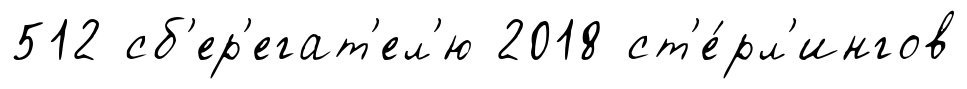
512 сб'ер'егат'ел'ю 2018 ст'е́рл'ингов